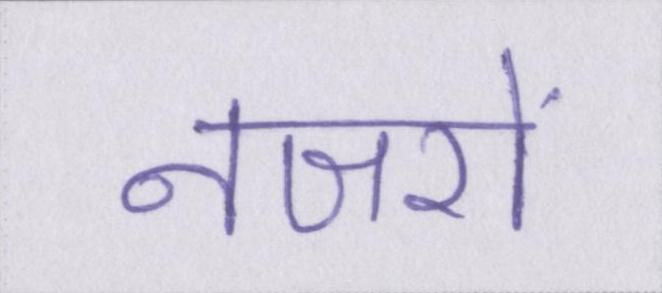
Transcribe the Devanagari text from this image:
नजरों